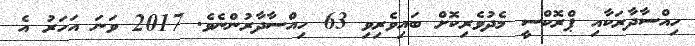
ހިއްސާދާރަކާއި ޕްރޮކްސީ މެދުވެރިކޮށް ބައިވެރިވި 63 ހިއްސާދާރުންނެވެ. 2017 ވަނަ އަހަރު އެ